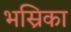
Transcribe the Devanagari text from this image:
भस्रिका